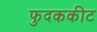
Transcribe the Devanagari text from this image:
फुदककीट